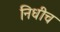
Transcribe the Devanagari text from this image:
निधीच